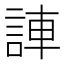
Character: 𫌼